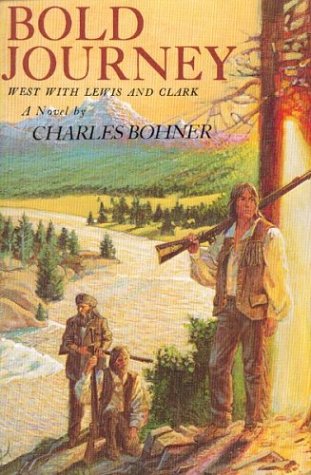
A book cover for Bold Journey: West with Lewis and Clark; Charles H Bohner; Teen & Young Adult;